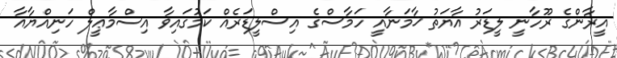
އީރާންގެ ރޫހާނީ ލީޑަރު އާޔަތު ޚާމަނާއީ ހަމާސްގެ އިސްލީޑަރެއް ކަމުގައިވާ އިސްމާޢީލް ހަނިއްޔާއާ